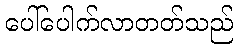
ပေါ်ပေါက်လာတတ်သည်